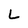
Character: L